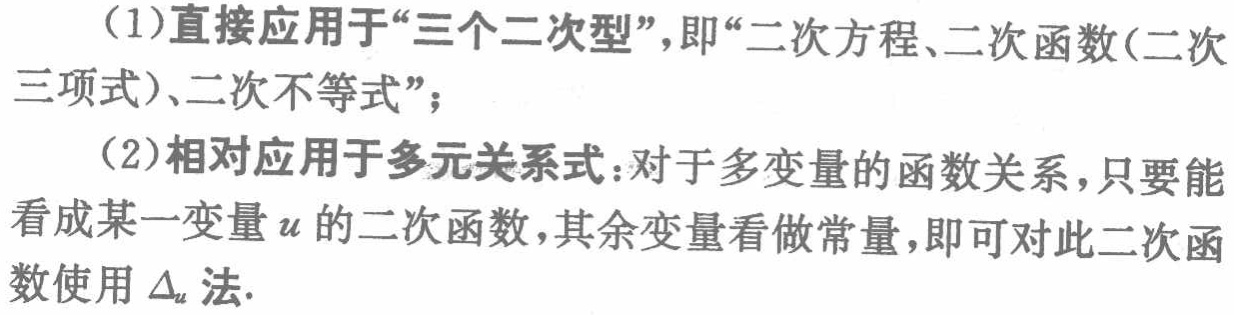
（1）直接应用于“三个二次型”，即“二次方程、二次函数(二次三项式)、二次不等式”；

（2）相对应用于多元关系式：对于多变量的函数关系，只要能看成某一变量\(u\)的二次函数，其余变量看做常量，即可对此二次函数使用\(\Delta_{u}\)法.